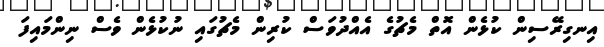
އިނގިރޭސިން ކުޅެން އޮތް މެޗުގެ އެއްދުވަސް ކުރިން މެޗުގައި ނުކުޅެން ވެސް ނިންމައިފަ